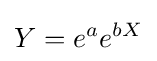
Y=e^{a}e^{bX}